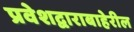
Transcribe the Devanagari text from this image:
प्रवेशद्वाराबाहेरील